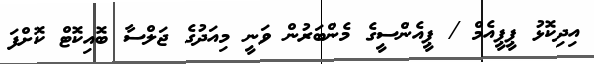
އިދިކޮޅު ޕީޕީއެމް / ޕީއެންސީގެ މެންބަރުން ވަނީ މިއަދުގެ ޖަލްސާ ބޮއިކޮޓް ކޮށްފަ